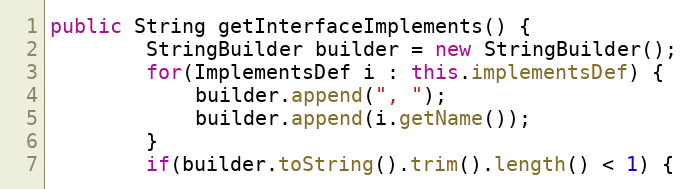
Language: Java
public String getInterfaceImplements() {
        StringBuilder builder = new StringBuilder();
        for(ImplementsDef i : this.implementsDef) {
            builder.append(", ");
            builder.append(i.getName());
        }
        if(builder.toString().trim().length() < 1) {